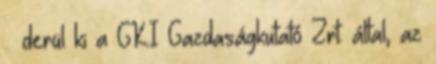
– derül ki a GKI Gazdaságkutató Zrt. által, az